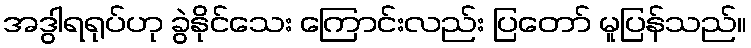
အဒွါရရုပ်ဟု ခွဲနိုင်သေး ကြောင်းလည်း ပြတော် မူပြန်သည်။